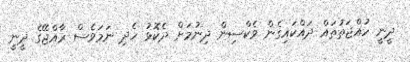
ދީނީ ހުއްޖަތުތައް ދައްކައިގެން ވެކްސިން ދިނުމަށް ދެކޮޅު ހެދި ނަމަވެސް ރާއްޖޭގެ ދީނީ